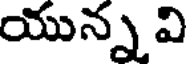
యున్న వి